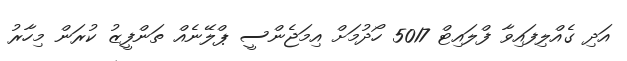
އަދި ގެއްލިފައިވާ ފްލައިޓް 5017 ހޯދުމަށް އިމަޖެންސީ ޕްލޭނެއް ތަންފީޒު ކުރަން މިހާރު